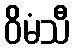
ဝိမံသီ